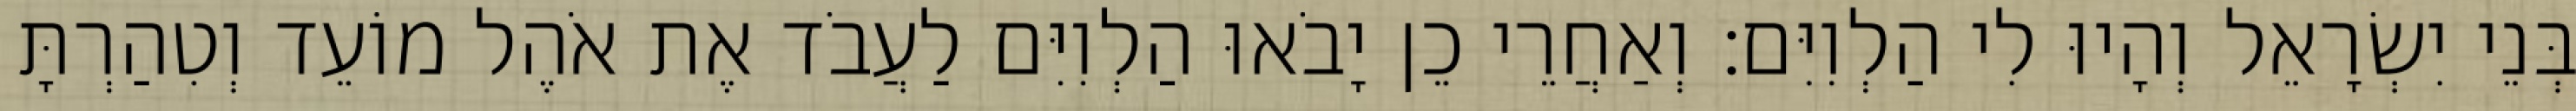
בְּנֵי יִשְׂרָאֵל וְהָיוּ לִי הַלְוִיִּם׃ וְאַחֲרֵי כֵן יָבֹאוּ הַלְוִיִּם לַעֲבֹד אֶת אֹהֶל מוֹעֵד וְטִהַרְתָּ